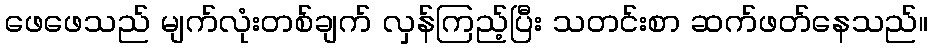
ဖေဖေသည် မျက်လုံးတစ်ချက် လှန်ကြည့်ပြီး သတင်းစာ ဆက်ဖတ်နေသည်။